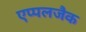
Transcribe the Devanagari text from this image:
एप्पलजैक